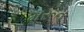
મરૂત